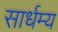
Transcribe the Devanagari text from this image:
सार्धम्य